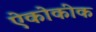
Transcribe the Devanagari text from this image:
ऐकोकीक